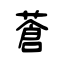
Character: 蒼